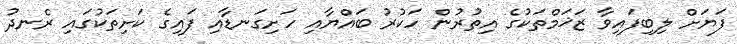
ފަޔަށް ލިބިފައިވާ ޒަޚަމްތަކުގެ އިތުރުން ހަކުރު ބައްޔާއި ހަށިގަނޑާއި ފައިގެ ކަށިތަކުގައި ރެނދު